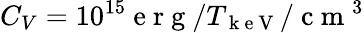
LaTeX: C_{V}=10^{15}\mathrm{~e~r~g~}/T_{\mathrm{~k~e~V~}}/\mathrm{~c~m~}^{3}